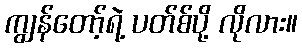
ကျွန်တော့်ရဲ့ ပတ်စ်ပို့ လိုလား။